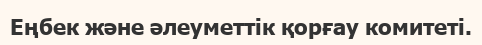
Еңбек және әлеуметтік қорғау комитеті.